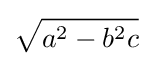
{\sqrt {a^{2}-b^{2}c}}